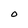
Character: O